Virumaa_algkoolid, lk 18
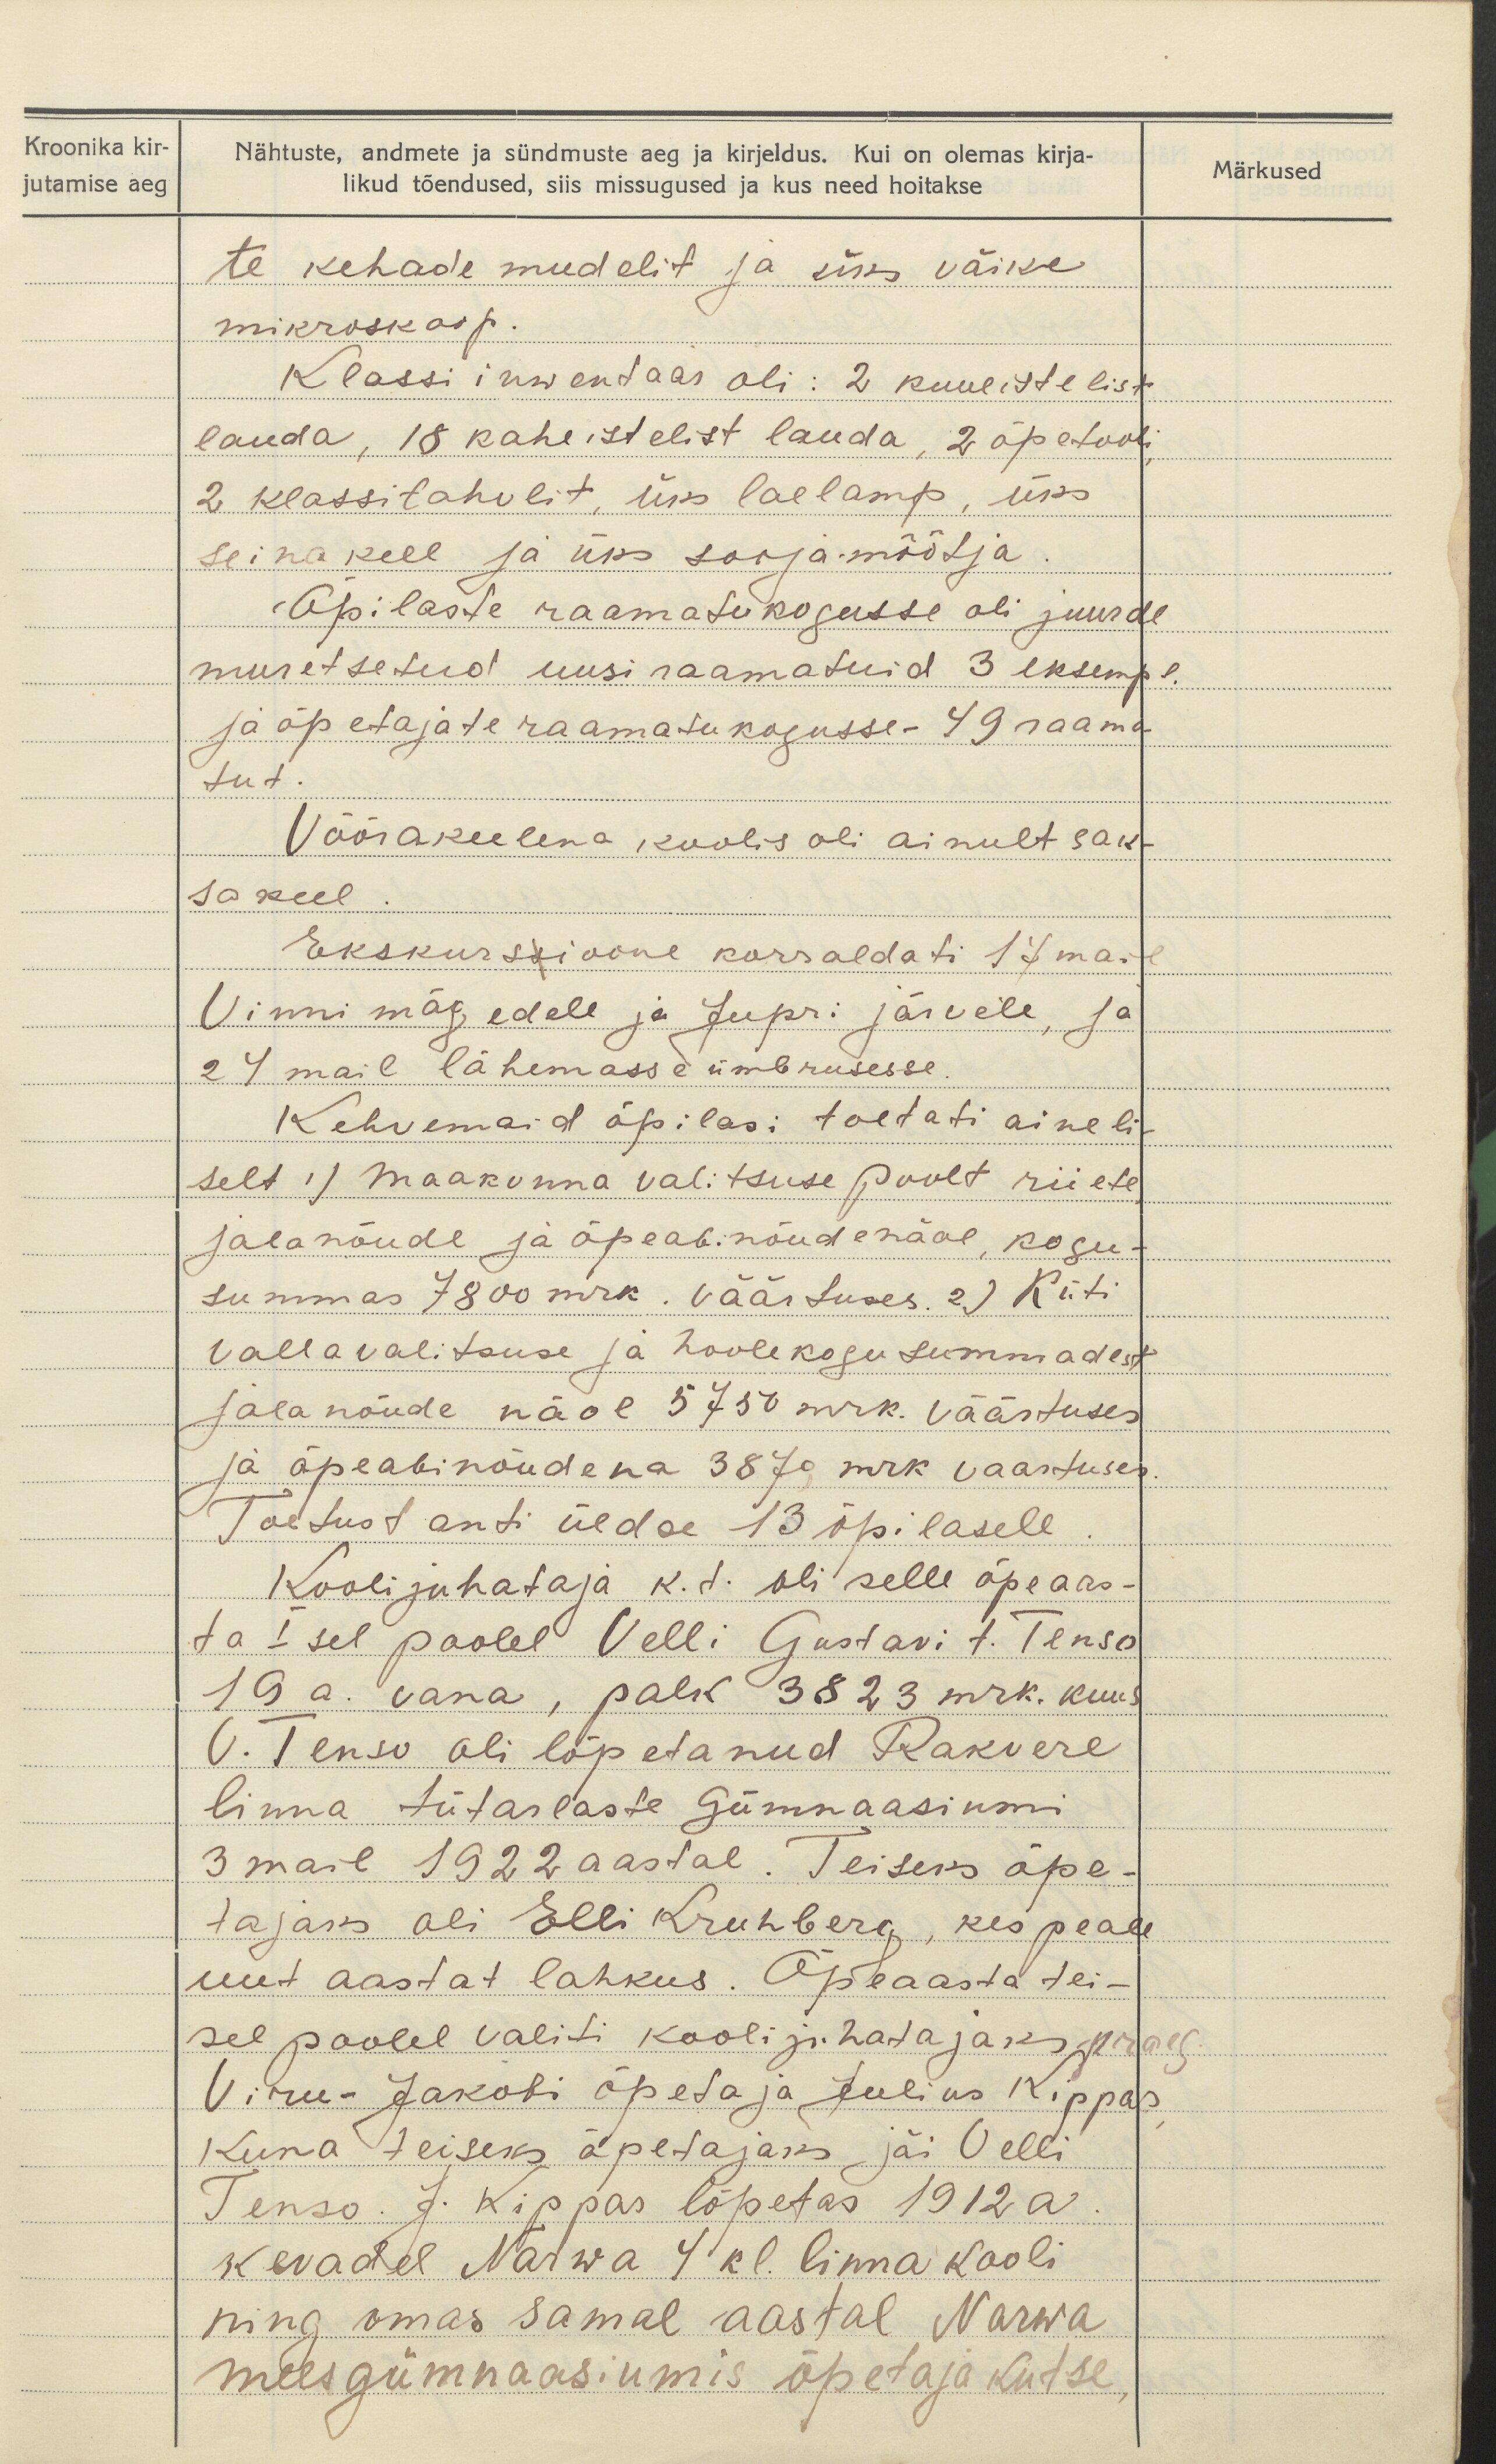
Kroonika kir-
jutamise aeg

Nähtuste, andmete ja sündmuste aeg ja kirjeldus. Kui on olemas kirja-
likud tõendused, siis missugused ja kus need hoitakse

te kehade mudelit ja siks väike
mikroskoop.
Klassi inwentaar oli: 2 kuueistelist
lauda, 18 kaheistelist lauda, 2 õpetooli,
2 klassitahvlit, üks laelamp, üks
seina kell ja üks sooja mõõtja.
Õpilaste raamatukogusse oli juurde
muretsetud uusi raamatuid 3 eksempl.
ja õpetajate raamatukogusse 49 raama
tut.
Võõra keelena koolis oli ainult sak-
sa keel.
Ekskursioone korraldati 17 mail
Vinni mägedele ja Jupri järvele, ja
24 mail lähemasse ümbrusesse.
Kehvemaid õpilasi toetati aineli-
selt 1) maakonna valitsuse poolt riiete
jalanõude ja õpeabinõude näol, kogu-
summas 7800 nrk. väärtuses 2) Küti
vallavalitsuse ja hoolekogu summadest
jalanõude näol 5750 mrk. väästuses
ja õpeabinõudena 3879 mrk väärtuses
Toetust anti üldse 13 õpilasele.
Kooli juhataja k.t. oli selle õpeaas-
ta Isel poolel Velli Gustavi t. Tenso
19 a. vana, palk 3823 mrk. kuus
V. Tenso oli lõpetanud Rakvere
linna tütarlaste Gümnaasiumi
3 mail 1922 aastal. Teiseks õpe-
tajaks oli Elli Kruhberg, kes peale
uut aastat lahkus. Õpeaasta tei-
sel poolel valiti kooli juhatajaks praeg.
Viru-Jakobi õpetaja Julius Kippas
kuna teiseks õpetajaks jäi Velli
Tenso. J. Kippas lõpetas 1912 a.
kevadel Narwa 4 kl. linna kooli
ning omas samal aastal Narwa
meesgümnaasiumis õpetaja kutse,

Märkused